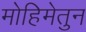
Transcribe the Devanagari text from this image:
मोहिमेतुन